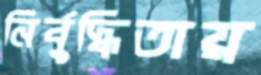
নির্বুদ্ধিতায়